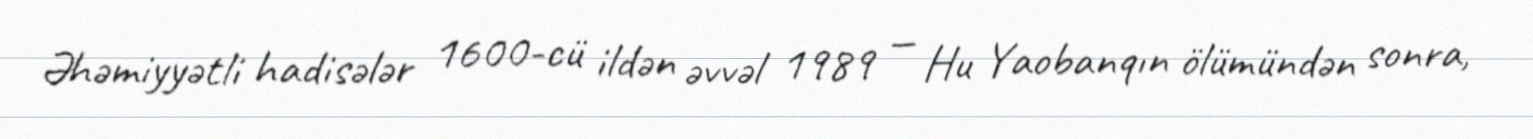
Əhəmiyyətli hadisələr 1600-cü ildən əvvəl 1989 — Hu Yaobanqın ölümündən sonra,